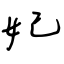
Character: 妃